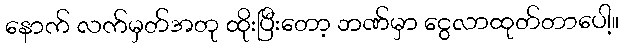
နောက် လက်မှတ်အတု ထိုးပြီးတော့ ဘဏ်မှာ ငွေလာထုတ်တာပေါ့။